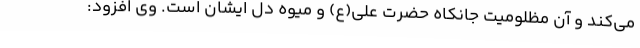
می‌کند و آن مظلومیت جانکاه حضرت علی(ع) و میوه دل ایشان است. وی افزود: